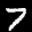
Label: 7